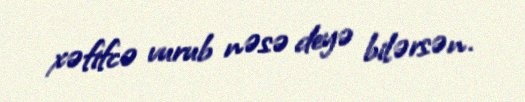
xəfifcə vurub nəsə deyə bilərsən.